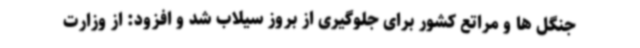
جنگل ها و مراتع کشور برای جلوگیری از بروز سیلاب شد و افزود: از وزارت